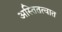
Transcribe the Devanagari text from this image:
अस्तितत्वात